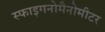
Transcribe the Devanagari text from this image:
स्फाइगनोमैनोमीटर